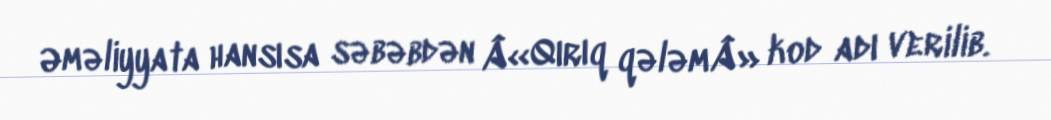
Əməliyyata hansısa səbəbdən Â«Qırıq qələmÂ» kod adı verilib.